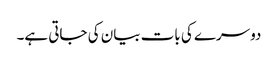
دوسرے کی بات بیان کی جاتی ہے۔